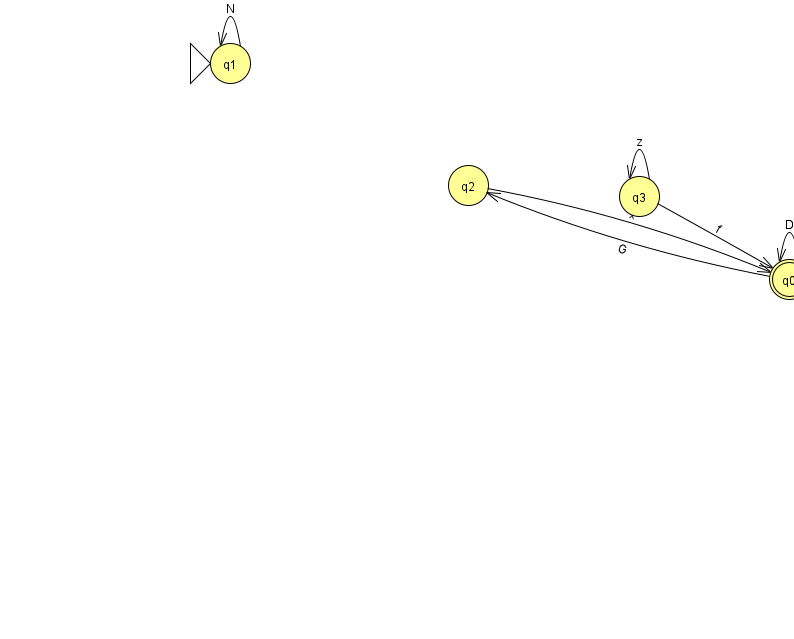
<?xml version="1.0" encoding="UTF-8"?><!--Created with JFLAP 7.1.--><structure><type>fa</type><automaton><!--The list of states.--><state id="0" name="q0"><x>789.0</x><y>266.0</y><final/></state><state id="1" name="q1"><x>230.0</x><y>50.0</y><initial/></state><state id="2" name="q2"><x>468.0</x><y>172.0</y></state><state id="3" name="q3"><x>639.0</x><y>183.0</y></state><!--The list of transitions.--><transition><from>0</from><to>2</to><read>G</read></transition><transition><from>3</from><to>0</to><read>f</read></transition><transition><from>0</from><to>0</to><read>D</read></transition><transition><from>3</from><to>3</to><read>z</read></transition><transition><from>1</from><to>1</to><read>N</read></transition><transition><from>2</from><to>0</to><read>x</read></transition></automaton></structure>